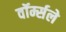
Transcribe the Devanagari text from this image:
वॉर्म्सले